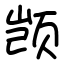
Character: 𫖮